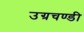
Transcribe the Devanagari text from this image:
उग्रचण्डी